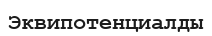
Эквипотенциалды